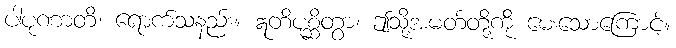
ပါပုဏာတိ၊ ရောက်သနည်း။ ဣတိပုစ္ဆိတွာ၊ ဤသို့အမတ်တို့ကို မေးသောကြောင့်။